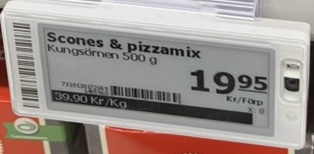
Vara: Scons & pizzamix
Genomsnittspris: 39.9 per kg